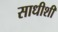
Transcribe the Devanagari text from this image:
साधीशी